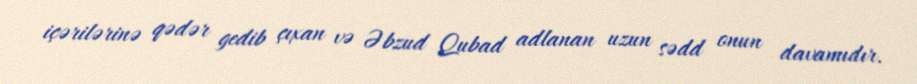
içərilərinə qədər gedib çıxan və Əbzud Qubad adlanan uzun sədd onun davamıdır.